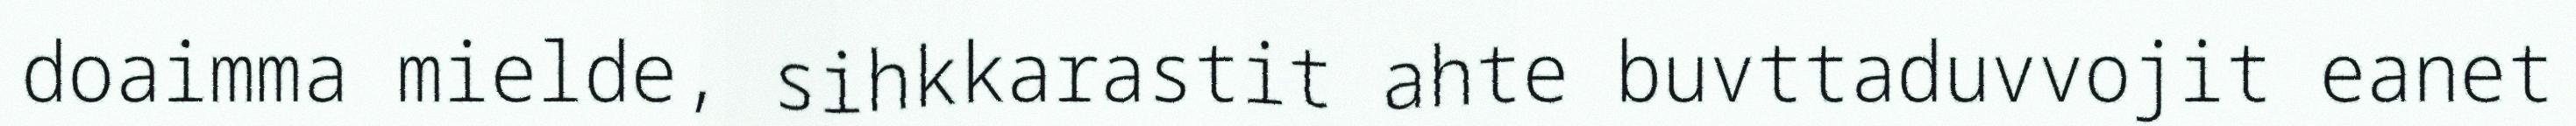
doaimma mielde, sihkkarastit ahte buvttaduvvojit eanet